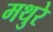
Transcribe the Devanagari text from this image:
मथुरे